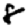
Digit: 8